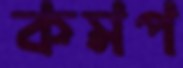
কমপ